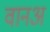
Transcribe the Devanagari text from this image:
वानअ